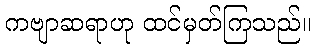
ကဗျာဆရာဟု ထင်မှတ်ကြသည်။